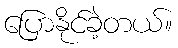
ပြောနိုင်ခဲ့တယ်။